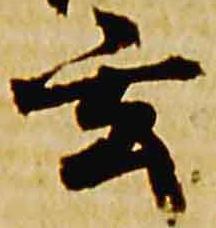
玄